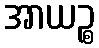
အာယဉ္စ